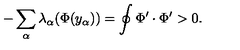
- \sum _ { \alpha } \lambda _ { \alpha } ( \Phi ( y _ { \alpha } ) ) = \oint \Phi ^ { \prime } \cdot \Phi ^ { \prime } > 0 .